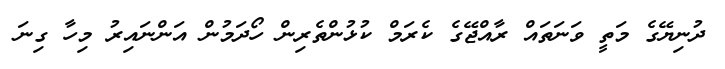
ދުނިޔޭގެ މަތީ ވަނަތައް ރާއްޖޭގެ ކެރަމް ކުޅުންތެރިން ހޯދަމުން އަންނައިރު މިހާ ގިނަ